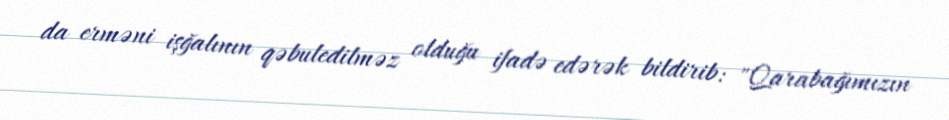
da erməni işğalının qəbuledilməz olduğu ifadə edərək bildirib: "Qarabağımızın